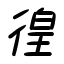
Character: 徨